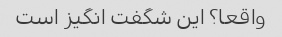
واقعا؟ این شگفت انگیز است